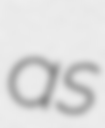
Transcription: as